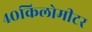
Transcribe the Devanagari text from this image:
४०किलोमीटर